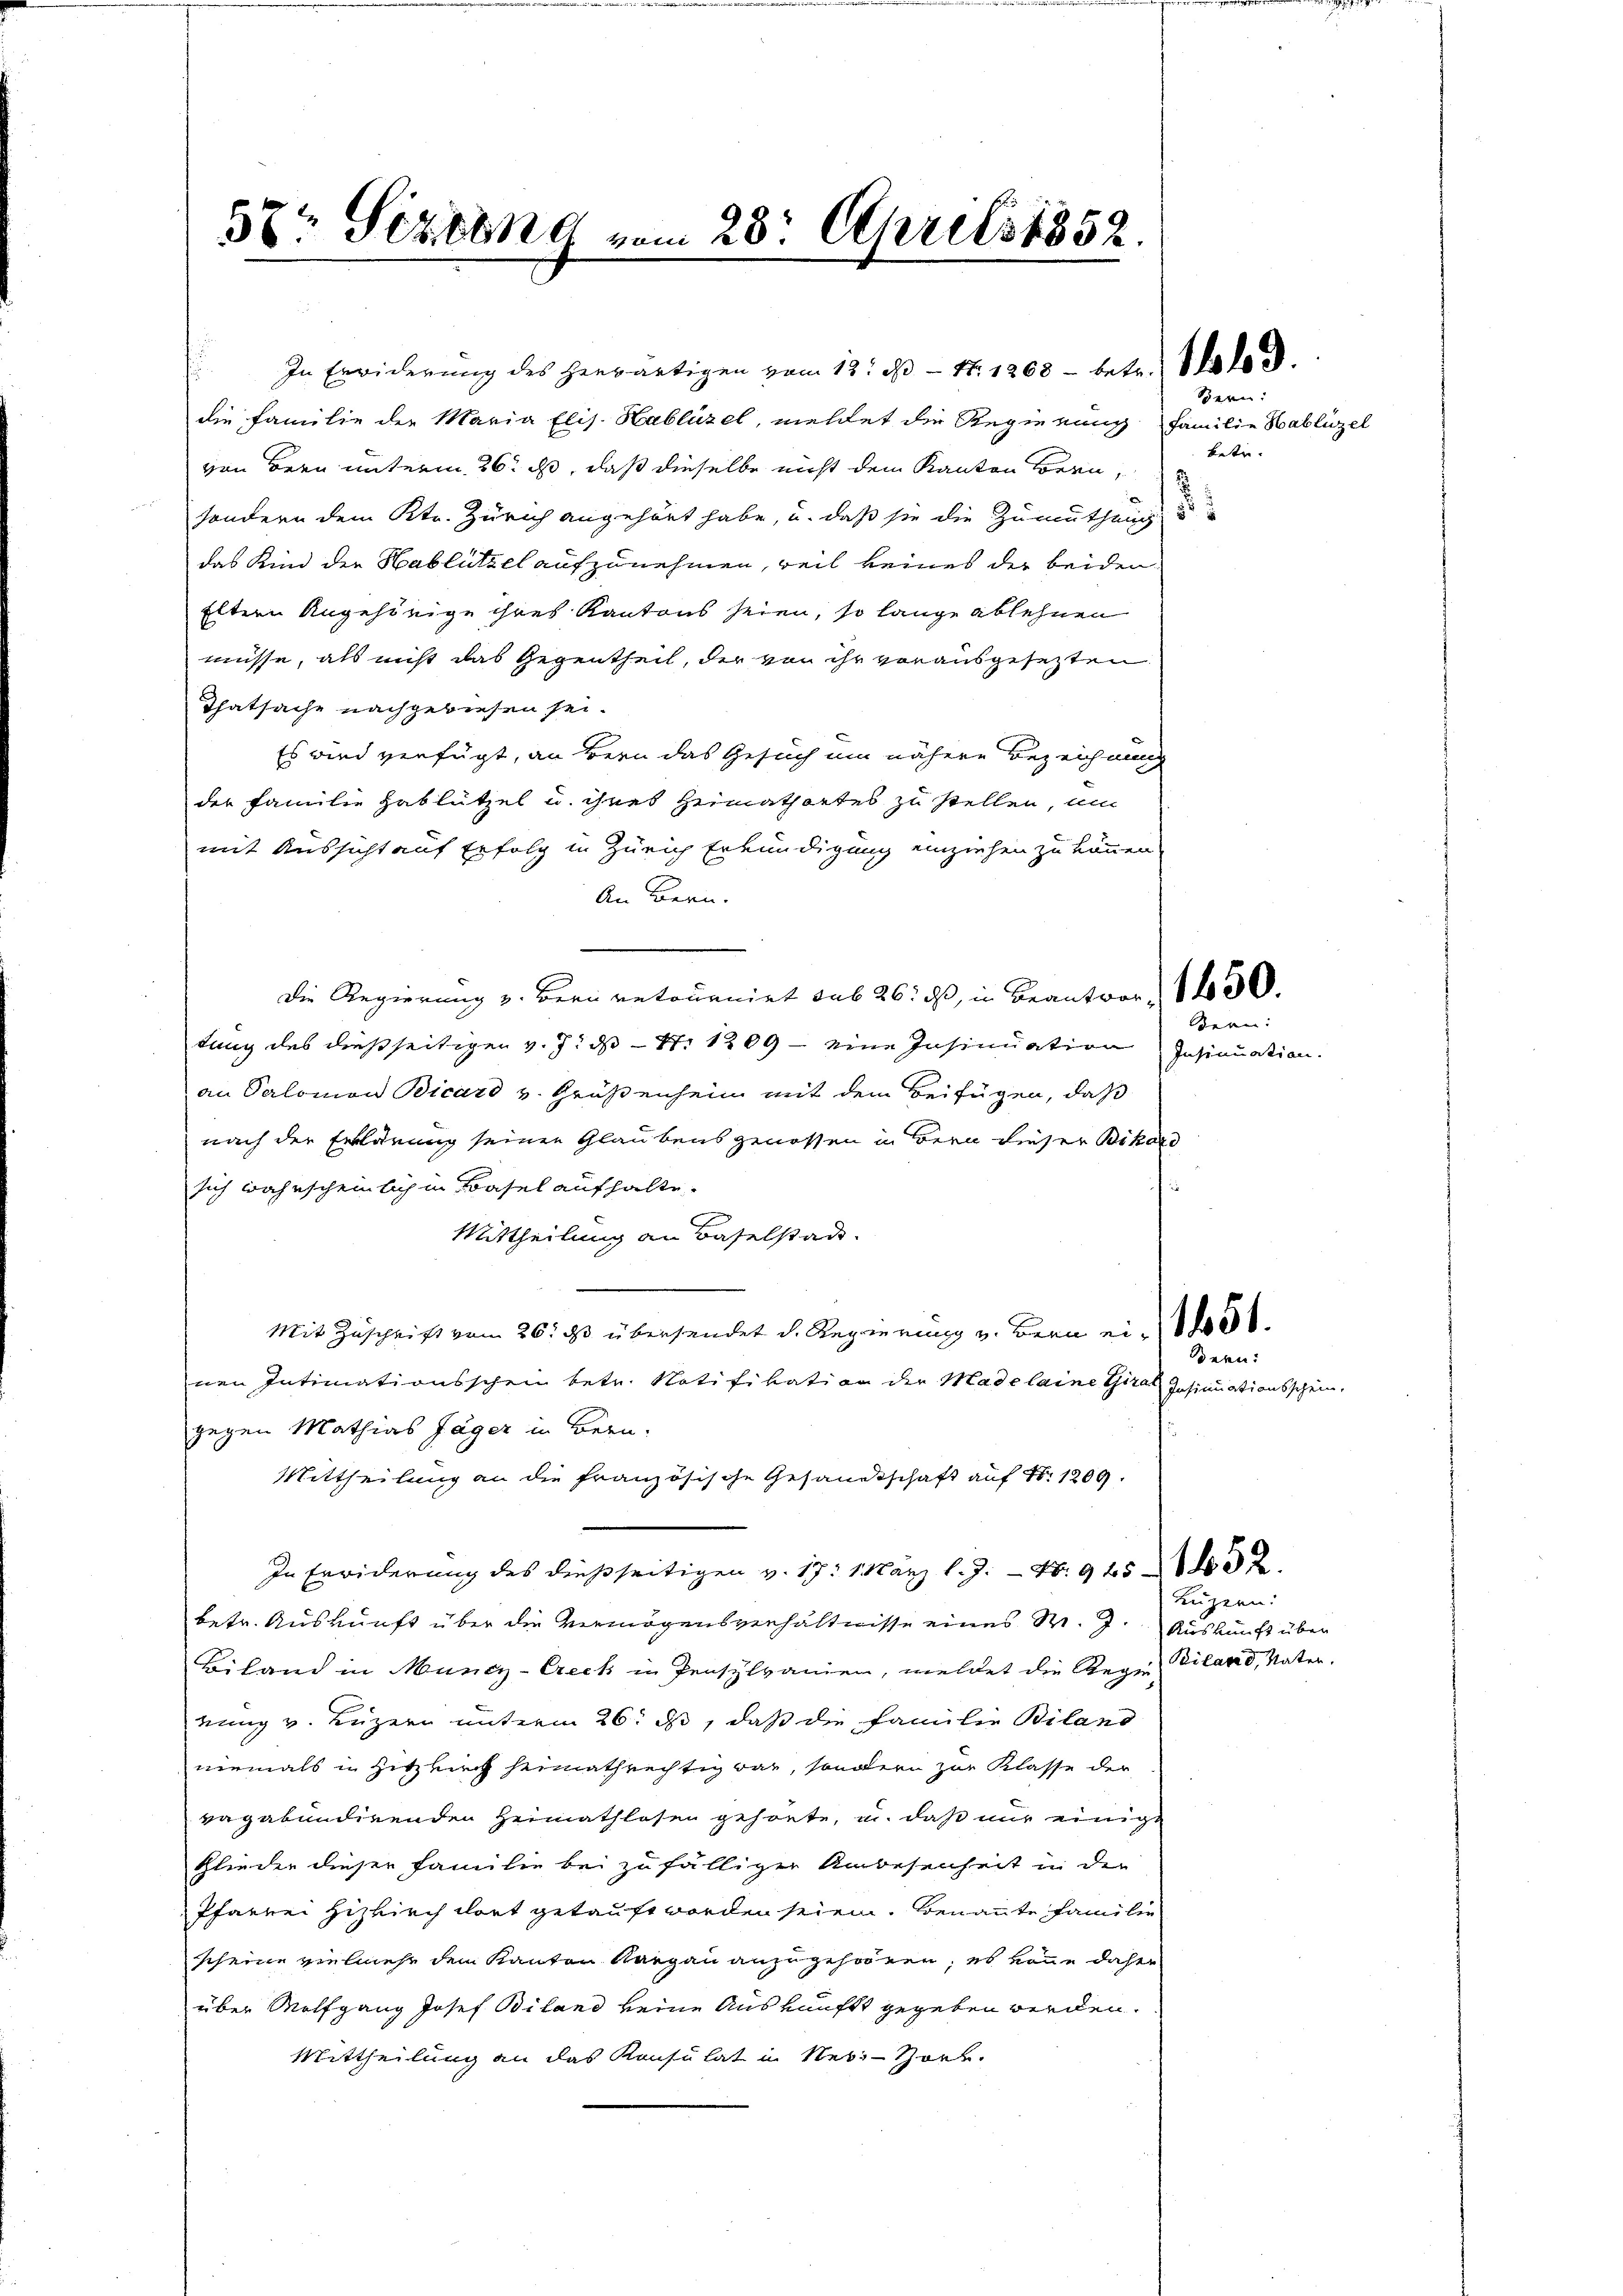
37 Sizione vom 28. April 1852.

die Familie der Maria Elis. Hablüzel, meldet die Regierung Familie Hablüzel
von Bern unterm 26t ist, daß dieselbe nicht dem Kanton Bern,
sondern dem Str. Zürich angehört habe, u. daß sie die Zumuthei
das Kind der Hablützel aufzunehmen, weil keines der beiden
Eltern Angehörige ihres Kantons seien, so lange ablehnen
müsse, als nicht das Gegentheil, der von ihr vorausgesezten
Thatsache nachgewiesen sei.
Es wird verfügt, an Bern das Gesuch um nähere Bezeichnung
der Familie Hablützel u. ihnes Heimathartes zu stellen, um
mit Aussicht auf Erfolg in Zürich Erkundigung einziehen zu können.
An Bern.
Die Regierung v. Bern retournirt sub 26. ds, in Beantwor 1400.
tung des dießseitigen v. J. ds N: 1209 - eine Insinuation Insinuation
an Salomon Bicard v. Grüßenheim mit dem Beifügen, daß
nach der Erklärung seinen Glaubensgenossen in Bern dieser Bikars
sich wahrscheinlich in Basel aufhalte.
Mittheilung an Baselstadt.
Mit Zuschrift vom 26. ds. übersendet d. Regierung v. Bern ei
nen Intimationsschein betr. Notifikation der Madelaine Thirat Insinuationsschein,
gegen Mathias Jäger in Bern.
Mittheilung an die französische Gesandtschaft auf N: 1209.
In Erwiderung des dießseitigen v. 17. März l. J. - No. 945
betr. Auskunft über die Vermögensverhältnisse eines S. J. Auskunft über
Biland in Muncz-Creck in Pensylvanien, meldet die Gegen Biland, Vaternung v. Luzern unterm 26. ds, daß die Familie Biland
niemals in Hitzkirch heimathrechtig war, sondern zur Klasse der
vagabundirenden Heimathlosen gehörte, u. daß nur einige
Glieder dieser Familie bei zufälliger Unbesenheit in der
Pfarrer Hitzkirch dort getauft worden seien. Benannte Familie
scheine vielmehr dem Kanton Aargau anzugehören, es könne daher
über Wolfgang Josef Biland keine Auskunft gegeben werden.
Mittheilung an das Konsulat in Nes-Hork.

In Erwiderung des herwärtigen vom 13. d. 1. 1268 - betr. Wald d.

Bern:
betr.

tern:

ern:

Luzern: